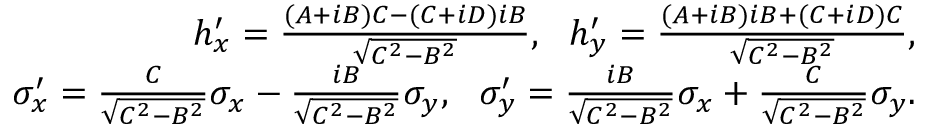
\begin{array} { r } { h _ { x } ^ { \prime } = \frac { ( A + i B ) C - ( C + i D ) i B } { \sqrt { C ^ { 2 } - B ^ { 2 } } } , ~ ~ h _ { y } ^ { \prime } = \frac { ( A + i B ) i B + ( C + i D ) C } { \sqrt { C ^ { 2 } - B ^ { 2 } } } , } \\ { \sigma _ { x } ^ { \prime } = \frac { C } { \sqrt { C ^ { 2 } - B ^ { 2 } } } \sigma _ { x } - \frac { i B } { \sqrt { C ^ { 2 } - B ^ { 2 } } } \sigma _ { y } , ~ ~ \sigma _ { y } ^ { \prime } = \frac { i B } { \sqrt { C ^ { 2 } - B ^ { 2 } } } \sigma _ { x } + \frac { C } { \sqrt { C ^ { 2 } - B ^ { 2 } } } \sigma _ { y } . } \end{array}